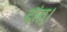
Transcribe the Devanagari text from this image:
दांत्।